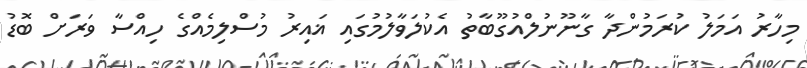
މިހާރު އަމަލު ކުރަމުންދާ ގާނޫނުލްއުގޫބާތު އެކުލަވާލުމުގައި ޣައިރު މުސްލިމެއްގެ ހިއްސާ ވަރަށް ބޮޑު